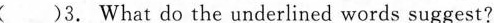
( )3. What do the underlined words suggest?